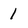
Character: 1